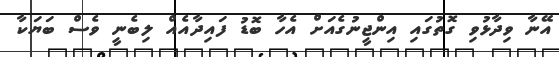
އޭނާ ވިދާޅުވި ގޮތުގައި އިންޖީނުގެއަށް އެހާ ބޮޑު ފައިދާއެއް ލިބެނީ ވެސް ބަޔަކާ